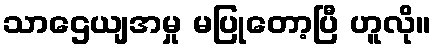
သာဌေယျအမှု မပြုတော့ပြီ ဟူလို။